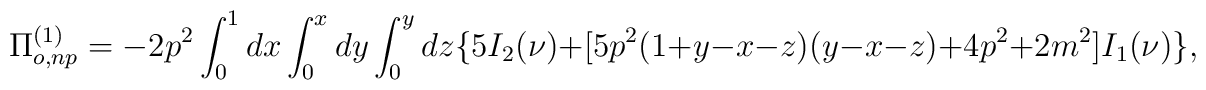
\Pi^{(1)}_{o,np}=-2p^2\int_{0}^{1}dx\int_{0}^{x}dy\int_{0}^{y}dz\{5I_2(\nu)+[5p^2(1+y-x-z)(y-x-z)+4p^2+2m^2]I_{1}(\nu)\},